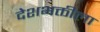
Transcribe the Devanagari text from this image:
देशभक्तीला